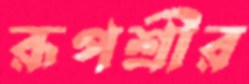
রূপশ্রীর